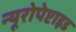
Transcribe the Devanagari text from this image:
न्यूरोपेप्टाइड